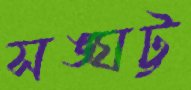
সঙ্ঘট্ট